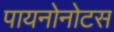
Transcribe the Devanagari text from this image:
पायनोनोटस